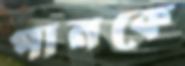
পানকে